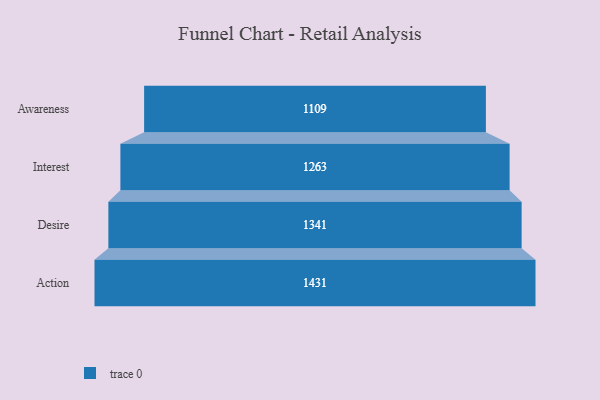
{"axis": {"x": "Stage", "y": "Value"}, "legend": [""], "data": [{"x": "Awareness", "y": 1109.0, "type": ""}, {"x": "Interest", "y": 1263.0, "type": ""}, {"x": "Desire", "y": 1341.0, "type": ""}, {"x": "Action", "y": 1431.0, "type": ""}]}